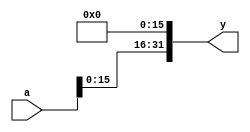
module sl16(input [31:0] a,
		output [31:0] y);

	assign y = {a[15:0], 16'b0000000000000000};
endmodule